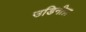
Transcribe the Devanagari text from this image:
उडिनीज़